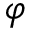
\varphi